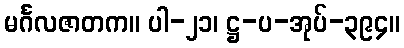
မင်္ဂလဇာတက။ ပါ-၂၁၊ ဋ္ဌ-ပ-အုပ်-၃၉၄။